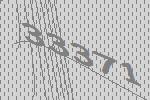
33371